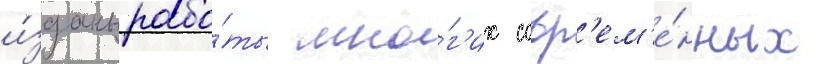
и́зданы рабо́ты мно́г'их совр'ем'е́нных